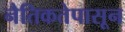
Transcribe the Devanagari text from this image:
नैतिकतेपासून